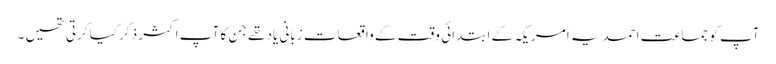
آپ کو جماعت احمدیہ امریکہ کے ابتدائی وقت کے واقعات زبانی یاد تھے جن کا آپ اکثر ذکر کیا کرتی تھیں ۔